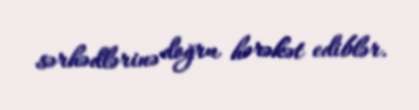
sərhədlərinə doğru hərəkət ediblər.